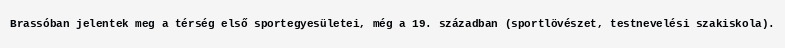
Brassóban jelentek meg a térség első sportegyesületei, még a 19. században (sportlövészet, testnevelési szakiskola).